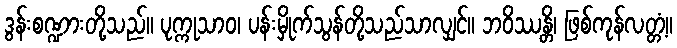
ဒွန်းစဏ္ဍားတို့သည်။ ပုက္ကုသာဝ၊ ပန်းမှိုက်သွန်တို့သည်သာလျှင်။ ဘဝိဿန္တိ၊ ဖြစ်ကုန်လတ္တံ့။